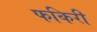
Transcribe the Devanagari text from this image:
फकिरी